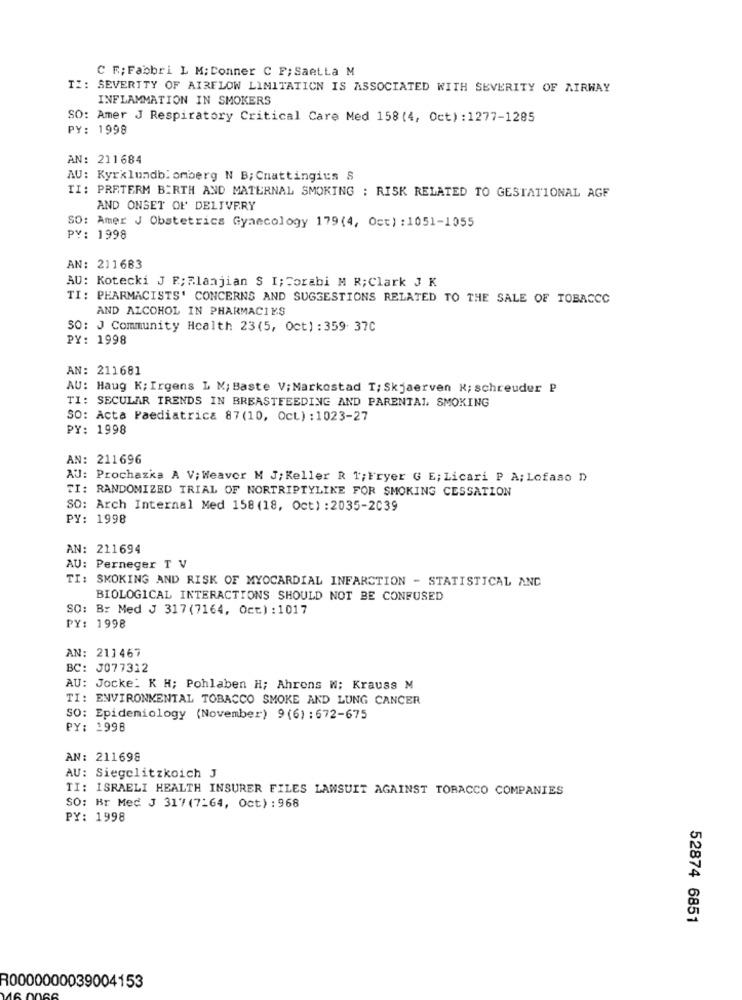
C F; Fabbri L M; Conner C F; SaetLa M
TI: SEVERITY OF AIRFLOW LIMITATION IS ASSOCIATED WITH SEVERITY OF AIRWAY
INFLAMMATION IN SMOKERS
SO: Amer J Respiratory Critical Care Med 158(4, Oct) : 1277-1285
PY: 1998
AN: 211684
AU: Kyrklundblomberg N B; Cnattingits S
TI: PRETERM BIRTH AND MATERNAL SMOKING : RISK RELATED TO GESTATIONAL AGF
AND ONSET OF DELIVERY
SO: Amer J Obstetrics Gynecology 179(4, Oct) : 1051-1055
PY: 1998
AN: 211683
AU: Kotecki J E; Rlanjian S I; Corabi M R; Clark J K
TI: PHARMACISTS' CONCERNS AND SUGGESTIONS RELATED TO THE SALE OF TOBACCO
AND ALCOHOL IN PHARMACIES
SO: J Community Health 23(5, Oct) : 359. 37C
PY: 1998
AN: 211681
AU: Haug K; Irgens L M; Baste V; Markostad T; Skjaerven K; schreuder P
TI: SECULAR TRENDS IN BREASTFEEDING AND PARENTAL SMOKING
SO: Acta Paediatrica 87(10, Oct) : 1023-27
PY: 1998
AN: 211696
AU: Prochazka A V; Weaver M J; Keller R 1; Fryer G E; Licari P A; Lofaso D
TI: RANDOMIZED TRIAL OF NORTRIPTYLINE FOR SMOKING CESSATION
SO: Arch Internal Med 158 (18, Oct) : 2035-2039
PY: 1998
AN: 211694
AU: Perneger T V
TI: SMOKING AND RISK OF MYOCARDIAL INFARCTION - STATISTICAL ANC
BIOLOGICAL INTERACTIONS SHOULD NOT BE CONFUSED
SO: Br Med J 317 (7164, Oct) : 1017
PY: 1998
AN: 211467
BC: J077312
AU: Jocke: K H; Pohlaben H; Ahrens #; Krauss M
TI: ENVIRONMENTAL TOBACCO SMOKE AND LUNG CANCER
SO: Epidemiology (November) 9 (6) : 672-675
PY: 1998
AN: 211698
AU: Siegelitzkoich J
TI: ISRAELI HEALTH INSURER FILES LAWSUIT AGAINST TOBACCO COMPANIES
SO: Br Med J 317(7164, Oct) : 968
PY: 1998
52874 6851
R0000000039004153